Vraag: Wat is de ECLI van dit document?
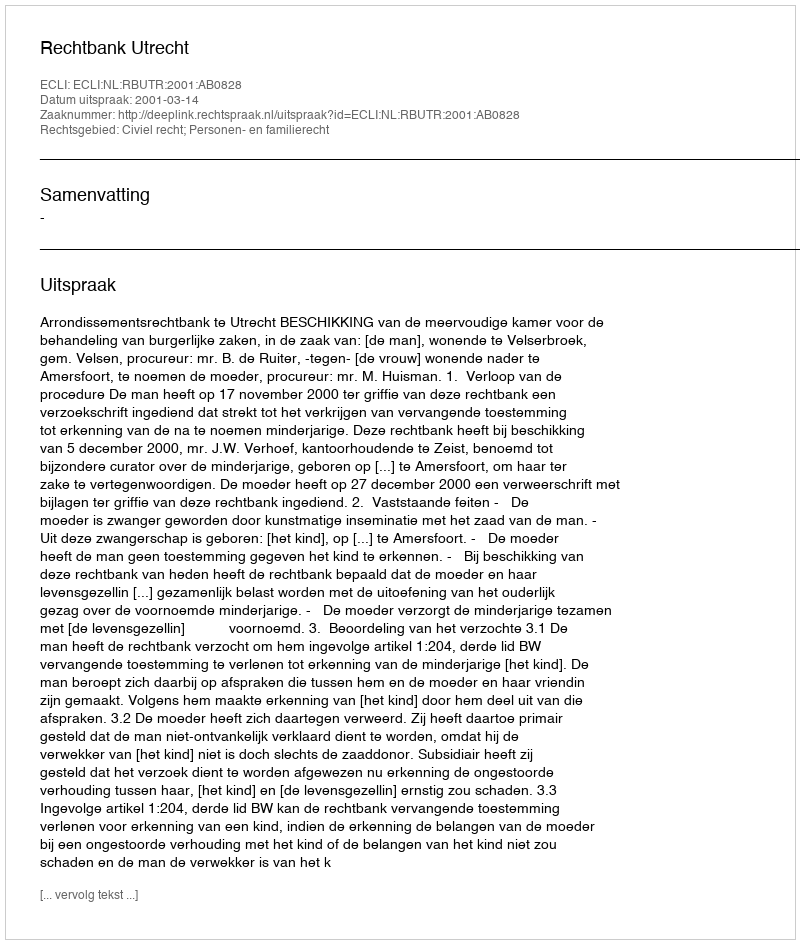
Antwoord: ECLI:NL:RBUTR:2001:AB0828